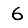
Digit: 6